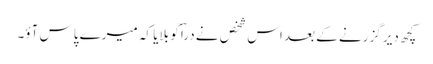
کچھ دیر گزرنے کے بعد اس شخص نے دراؔ کو بلایا کہ میرے پاس آؤ۔